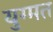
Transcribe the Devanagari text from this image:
युग्मत